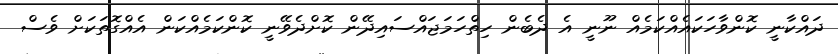
ދައްކާނީ ކޮންވާހަކައެއްކަމެއް ނޫނީ އެ ދެބެން ހިތްހަމަޖައްސައިދޭން ކޮށްދެވޭނީ ކޮންކަމެއްކަން އެއްގޮތަކަށް ވެސް